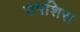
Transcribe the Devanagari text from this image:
उपशिरा